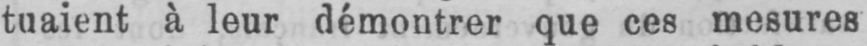
tuaient à leur démontrer que ces mesures